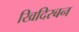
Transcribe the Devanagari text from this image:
खिदिरबन